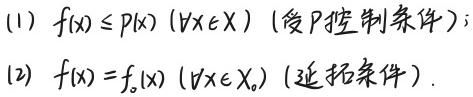
(1) $f(x) \leq p(x)\ (\forall x\in X)$ (受 $P$ 控制条件);
(2) $f(x) = f_0(x)\ (\forall x\in X_0)$ (延拓条件).